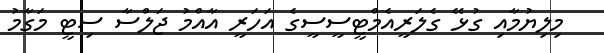
މިލިޔުމާއި ގުޅޭ ގެލަރީއެމްޓީސީސީގެ އަހަރީ އާއްމު ޖަލްސާ ސިޓީ މަގާމު